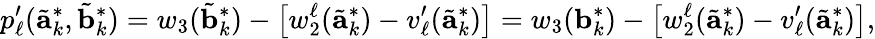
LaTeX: p_{\ell}^{\prime}(\tilde{\mathbf{a}}_{k}^{*},\tilde{\mathbf{b}}_{k}^{*})=w_{3}(\tilde{\mathbf{b}}_{k}^{*})-\left[w_{2}^{\ell}(\tilde{\mathbf{a}}_{k}^{*})-v_{\ell}^{\prime}(\tilde{\mathbf{a}}_{k}^{*})\right]=w_{3}(\mathbf{b}_{k}^{*})-\left[w_{2}^{\ell}(\tilde{\mathbf{a}}_{k}^{*})-v_{\ell}^{\prime}(\tilde{\mathbf{a}}_{k}^{*})\right],